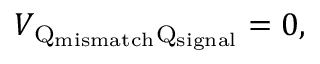
V _ { \mathrm { Q } _ { \mathrm { m i s m a t c h } } \mathrm { Q } _ { \mathrm { s i g n a l } } } = 0 ,